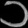
Digit: ၁